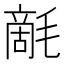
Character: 𣯵